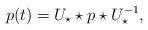
LaTeX: \begin{align*}p(t)=U_{\star} \star p \star U_{\star}^{-1},\end{align*}